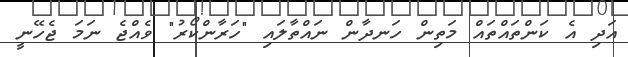
އަދި އެ ކަންތައްތައް މަތިން ހަނދާން ނައްތާލައި "ހަރާންކޯރު" ވެއްޖެ ނަމަ ޖެހޭނީ